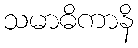
သမာဓိကာနိ